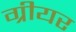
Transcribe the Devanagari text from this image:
ग्रीयर